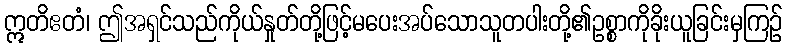
ဣတိဧတံ၊ ဤအရှင်သည်ကိုယ်နှုတ်တို့ဖြင့်မပေးအပ်သောသူတပါးတို့၏ဥစ္စာကိုခိုးယူခြင်းမှကြဉ်